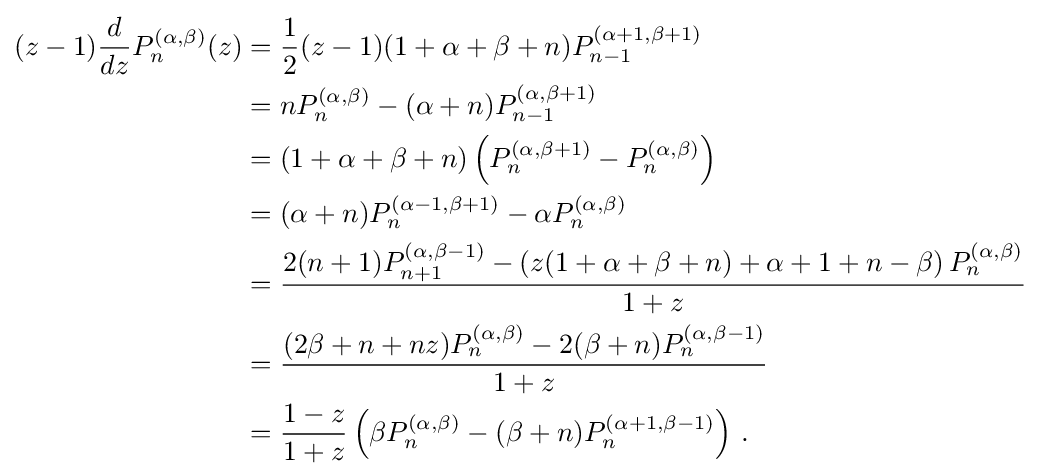
{\begin{aligned}(z-1){\frac {d}{dz}}P_{n}^{(\alpha ,\beta )}(z)&={\frac {1}{2}}(z-1)(1+\alpha +\beta +n)P_{n-1}^{(\alpha +1,\beta +1)}\\&=nP_{n}^{(\alpha ,\beta )}-(\alpha +n)P_{n-1}^{(\alpha ,\beta +1)}\\&=(1+\alpha +\beta +n)\left(P_{n}^{(\alpha ,\beta +1)}-P_{n}^{(\alpha ,\beta )}\right)\\&=(\alpha +n)P_{n}^{(\alpha -1,\beta +1)}-\alpha P_{n}^{(\alpha ,\beta )}\\&={\frac {2(n+1)P_{n+1}^{(\alpha ,\beta -1)}-\left(z(1+\alpha +\beta +n)+\alpha +1+n-\beta \right)P_{n}^{(\alpha ,\beta )}}{1+z}}\\&={\frac {(2\beta +n+nz)P_{n}^{(\alpha ,\beta )}-2(\beta +n)P_{n}^{(\alpha ,\beta -1)}}{1+z}}\\&={\frac {1-z}{1+z}}\left(\beta P_{n}^{(\alpha ,\beta )}-(\beta +n)P_{n}^{(\alpha +1,\beta -1)}\right)\,.\end{aligned}}